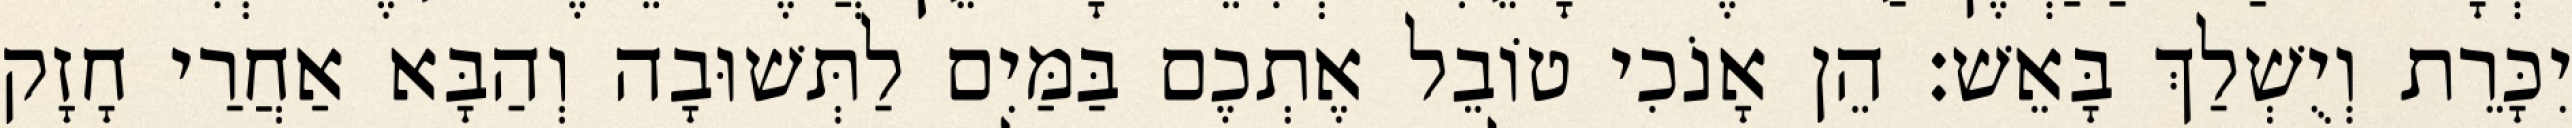
יִכָּרֵת וְיֻשְׁלַךְ בָּאֵשׁ׃ הֵן אָנֹכִי טוֹבֵל אֶתְכֶם בַּמַּיִם לַתְּשׁוּבָה וְהַבָּא אַחֲרַי חָזָק